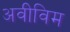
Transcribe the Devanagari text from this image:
अवीविम